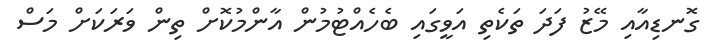
ގޮނޑިއާއި މޭޒު ފަދަ ތަކެތި އަވީގައި ބެހެއްޓުމުން އާންމުކޮށް ތިން ވަރަކަށް މަސް